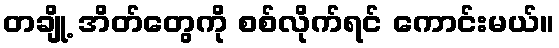
တချို့ အိတ်တွေကို စစ်လိုက်ရင် ကောင်းမယ်။